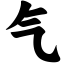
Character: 气